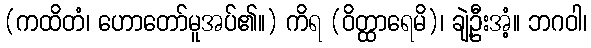
(ကထိတံ၊ ဟောတော်မူအပ်၏။) ကိရ (ဝိတ္ထာရေမိ)၊ ချဲ့ဦးအံ့။ ဘဂဝါ၊